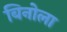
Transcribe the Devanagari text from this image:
बिनोला